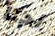
احنا